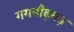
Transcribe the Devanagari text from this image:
गगनौढ़गढ़